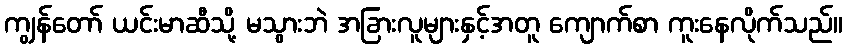
ကျွန်တော် ယင်းမာဆီသို့ မသွားဘဲ အခြားလူများနှင့်အတူ ကျောက်စာ ကူးနေလိုက်သည်။